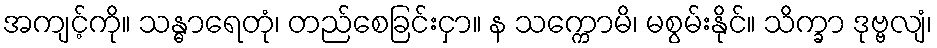
အကျင့်ကို။ သန္ဓာရေတုံ၊ တည်စေခြင်းငှာ။ န သက္ကောမိ၊ မစွမ်းနိုင်။ သိက္ခာ ဒုဗ္ဗလျံ၊